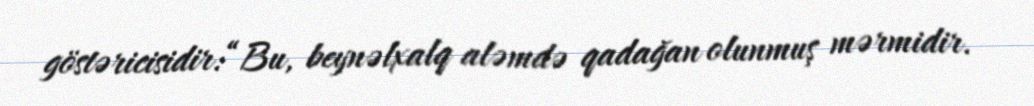
göstəricisidir:“Bu, beynəlxalq aləmdə qadağan olunmuş mərmidir.